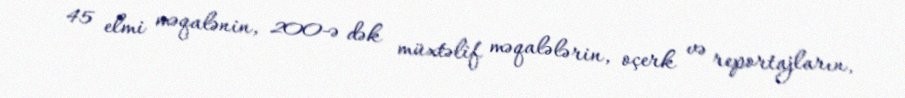
45 elmi məqalənin, 200-ə dək müxtəlif məqalələrin, oçerk və reportajların,